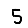
Digit: 5